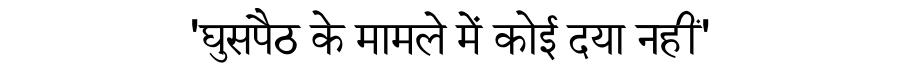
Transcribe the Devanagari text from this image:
'घुसपैठ के मामले में कोई दया नहीं'